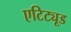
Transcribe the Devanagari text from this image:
एटिट्यूड